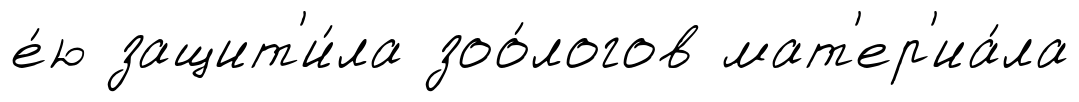
е́ю защит'и́ла зоо́логов мат'ер'иа́ла